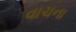
વાચના